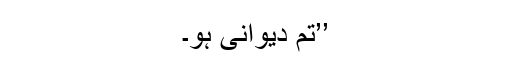
’’تم دیوانی ہو۔